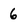
Character: 6